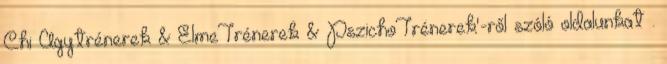
Chi Agytrénerek & ElmeTrénerek & PszichoTrénerek'-ről szóló oldalunkat .